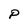
Character: P